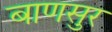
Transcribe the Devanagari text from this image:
बाणसुर